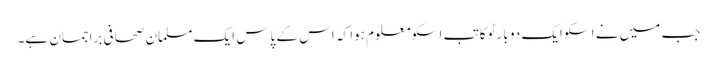
جب میں نے اسکو ایک دو بار ٹوکا تب اسکو معلوم ہوا کہ اس کے پاس ایک مسلمان صحافی براجمان ہے۔